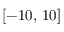
[ - 1 0 , \, 1 0 ]